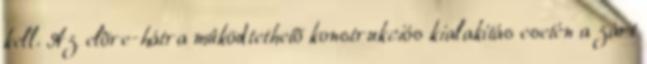
kell. Az elõre-hátra mûködtethetõ konstrukciós kialakítás esetén a zárt